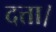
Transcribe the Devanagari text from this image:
दत्ता।